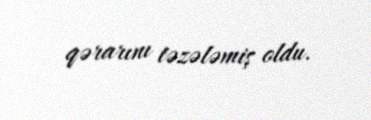
qərarını təzələmiş oldu.